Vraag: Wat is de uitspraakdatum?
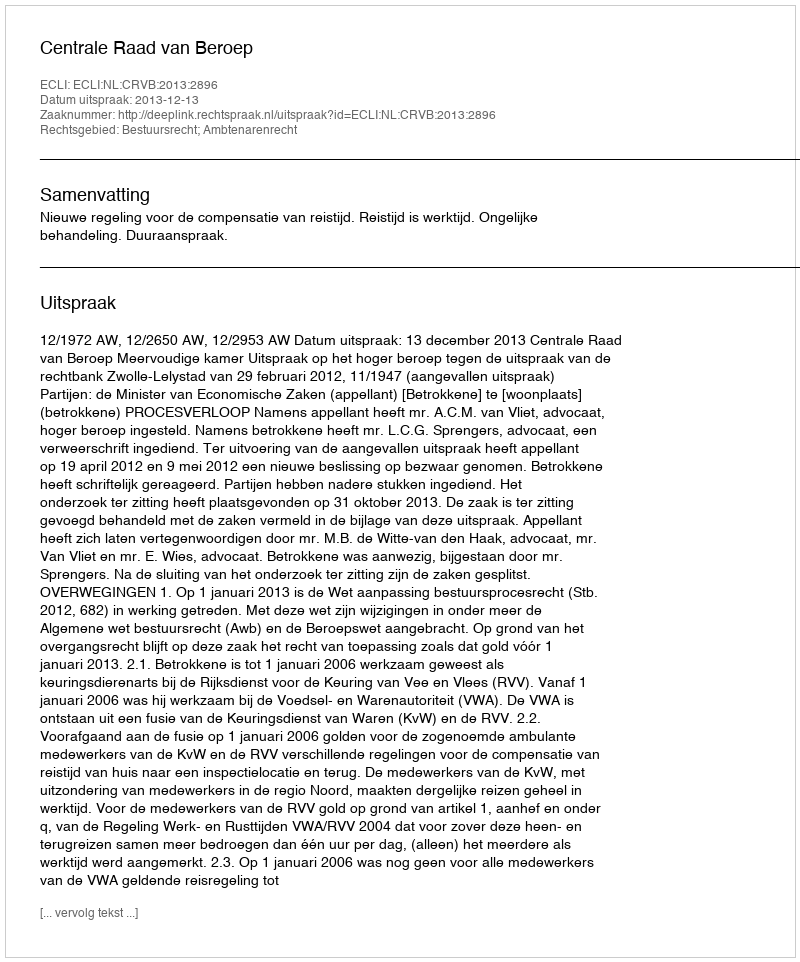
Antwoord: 2013-12-13